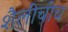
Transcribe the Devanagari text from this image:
शैलींचीच